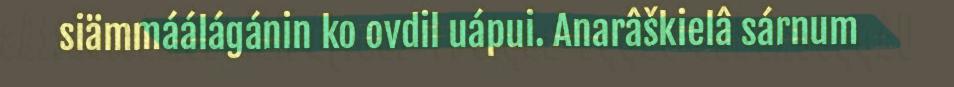
siämmáálágánin ko ovdil uápui. Anarâškielâ sárnum